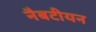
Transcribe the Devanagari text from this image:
नैबटीयन